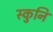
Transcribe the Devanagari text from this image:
स्कुनि